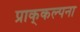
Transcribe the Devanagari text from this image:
प्राक्‌कल्पना